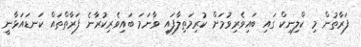
ފަރާތުން މި ކްލިނިކް ގައި ބައިވެރިވުމަށް ކުރިމަތިލާފައި ވާނަމަ ބައިވެރިކުރާނެ ފަރާތްތައް ކަނޑައަޅާނީ